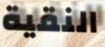
النقية